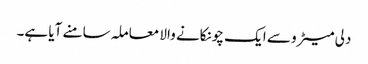
دلی میٹرو سے ایک چونکانے والا معاملہ سامنے آیا ہے۔